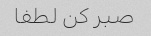
صبر کن لطفا